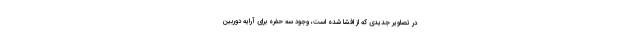
در تصاویر جدیدی که از افشا شده است، وجود سه حفره برای آرایه دوربین